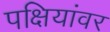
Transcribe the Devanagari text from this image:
पक्षियांवर